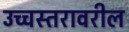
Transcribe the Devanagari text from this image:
उच्चस्तरावरील